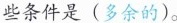
些条件是(多余的)。